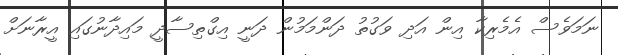
ނަމަވެސް އެމެރިކާ އިން އަދި ވަގުތު ދަންމަމުން ދަނީ އިގްތިސާދީ މައިދާނުގައި އީރާނަށް